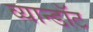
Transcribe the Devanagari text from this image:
व्यान्डॉट